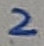
Text: 2